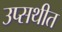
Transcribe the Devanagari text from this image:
उप्सथीत